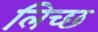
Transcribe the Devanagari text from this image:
लिच्छ